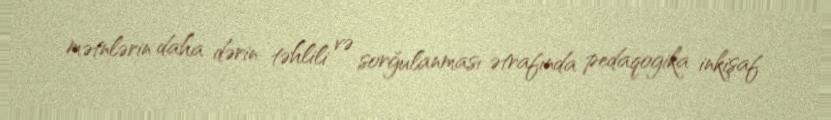
mətnlərin daha dərin təhlili və sorğulanması ətrafında pedaqogika inkişaf